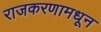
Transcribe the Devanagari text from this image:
राजकरणामधून